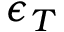
\epsilon _ { T }